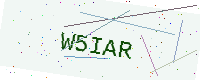
Text: W5IAR